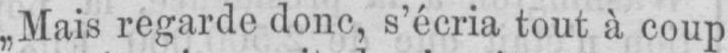
„Mais regarde donc, s’écria tout à coup